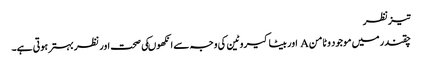
تیزنظر
چقندر میں موجود وٹامن A اور بیٹاکیروٹین کی وجہ سے انکھوںکی صحت اور نظر بہترہوتی ہے۔